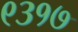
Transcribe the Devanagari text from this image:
९३१७